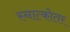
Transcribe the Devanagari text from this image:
स्नात्कोतर